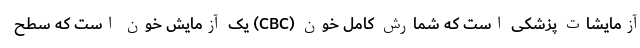
آزمایشات پزشکی است که شمارش کامل خون (CBC) یک آزمایش خون است که سطح